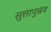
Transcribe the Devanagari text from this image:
सुत्तापुन्नव